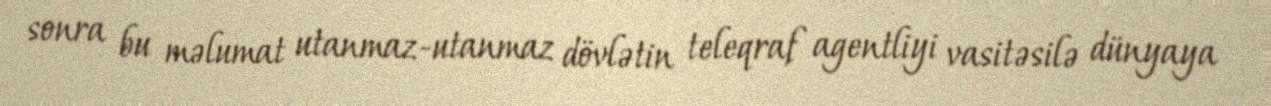
sonra bu məlumat utanmaz-utanmaz dövlətin teleqraf agentliyi vasitəsilə dünyaya